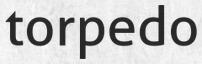
torpedo